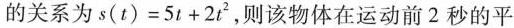
的关系为 $$s ( t ) = 5 t + 2 t ^ { 2 }$$，则该物体在运动前2秒的平